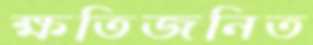
ক্ষতিজনিত